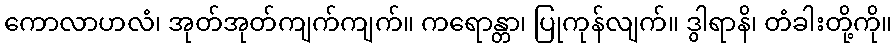
ကောလာဟလံ၊ အုတ်အုတ်ကျက်ကျက်။ ကရောန္တာ၊ ပြုကုန်လျက်။ ဒွါရာနိ၊ တံခါးတို့ကို။